Report of the Indian Hemp Drugs Commission, 1894-1895 - Volume II
Year: 1894
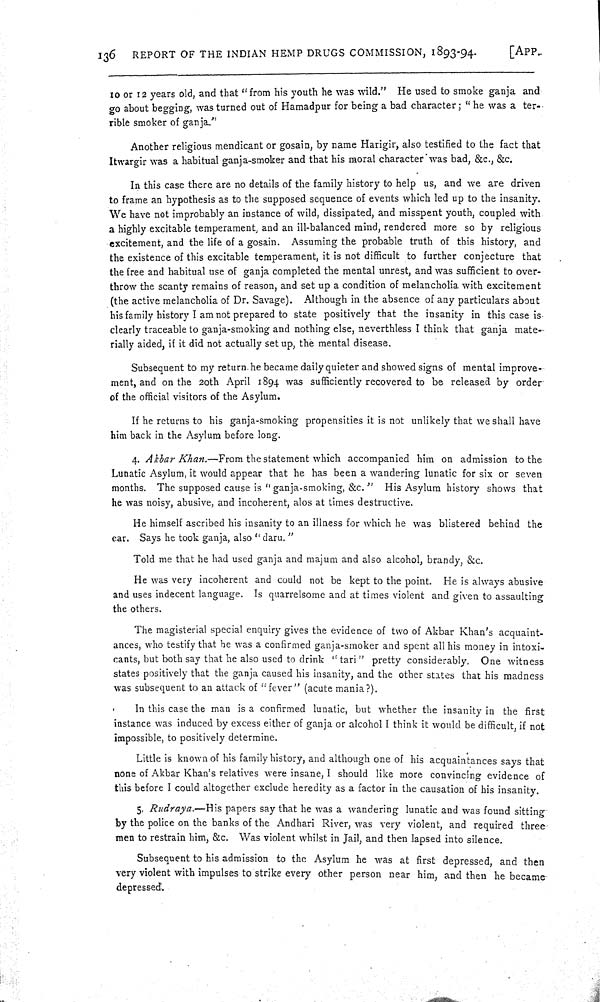
136
REPORT OF THE INDIAN HEMP DRUGS COMMISSION, 1893-94.
[APP.
10 or 12 years old, and that "from his youth he was wild." He used to smoke ganja and
go about begging, was turned out of Hamadpur for being a bad character; "he was a ter-
rible smoker of ganja."
Another religious mendicant or gosain, by name Harigir, also testified to the fact that
Itwargir was a habitual ganja-smoker and that his moral character was bad, &c., &c.
In this case there are no details of the family history to help us, and we are driven
to frame an hypothesis as to the supposed sequence of events which led up to the insanity.
We have not improbably an instance of wild, dissipated, and misspent youth, coupled with
a highly excitable temperament, and an ill-balanced mind, rendered more so by religious
excitement, and the life of a gosain. Assuming the probable truth of this history, and
the existence of this excitable temperament, it is not difficult to further conjecture that
the free and habitual use of ganja completed the mental unrest, and was sufficient to over-
throw the scanty remains of reason, and set up a condition of melancholia with excitement
(the active melancholia of Dr. Savage). Although in the absence of any particulars about
his family history I am not prepared to state positively that the insanity in this case is
clearly traceable to ganja-smoking and nothing else, neverthless I think that ganja mate-
rially aided, if it did not actually set up, the mental disease.
Subsequent to my return he became daily quieter and showed signs of mental improve-
ment, and on the 20th April 1894 was sufficiently recovered to be released by order
of the official visitors of the Asylum.
If he returns to his ganja-smoking propensities it is not unlikely that we shall have
him back in the Asylum before long.
4. Akbar Khan.—From the statement which accompanied him on admission to the
Lunatic Asylum, it would appear that he has been a wandering lunatic for six or seven
months. The supposed cause is "ganja-smoking, &c." His Asylum history shows that
he was noisy, abusive, and incoherent, alos at times destructive.
He himself ascribed his insanity to an illness for which he was blistered behind the
ear. Says he took ganja, also "daru."
Told me that he had used ganja and majum and also alcohol, brandy, &c.
He was very incoherent and could not be kept to the point. He is always abusive
and uses indecent language. Is quarrelsome and at times violent and given to assaulting
the others.
The magisterial special enquiry gives the evidence of two of Akbar Khan's acquaint-
ances, who testify that he was a confirmed ganja-smoker and spent all his money in intoxi-
cants, but both say that he also used to drink "tari" pretty considerably. One witness
states positively that the ganja caused his insanity, and the other states that his madness
was subsequent to an attack of "fever" (acute mania?).
In this case the man is a confirmed lunatic, but whether the insanity in the first
instance was induced by excess either of ganja or alcohol I think it would be difficult, if not
impossible, to positively determine.
Little is known of his family history, and although one of his acquaintances says that
none of Akbar Khan's relatives were insane, I should like more convincing evidence of
this before I could altogether exclude heredity as a factor in the causation of his insanity.
5. Rudraya.—His papers say that he was a wandering lunatic and was found sitting
by the police on the banks of the Andhari River, was very violent, and required three
men to restrain him, &c. Was violent whilst in Jail, and then lapsed into silence.
Subsequent to his admission to the Asylum he was at first depressed, and then
very violent with impulses to strike every other person near him, and then he became
depressed.